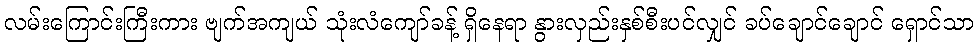
လမ်းကြောင်းကြီးကား ဗျက်အကျယ် သုံးလံကျော်ခန့် ရှိနေရာ နွားလှည်းနှစ်စီးပင်လျှင် ခပ်ချောင်ချောင် ရှောင်သာ